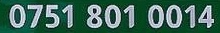
0751 801 0014